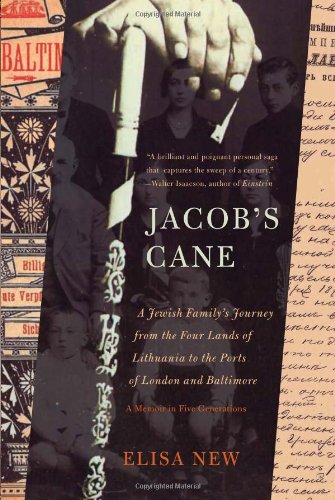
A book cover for Jacob's Cane: A Jewish Family's Journey from the Four Lands of Lithuania to the Ports of London and Baltimore; A Memoir in Five Generations; Elisa New; Travel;